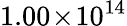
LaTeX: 1.00\! \times\! 10^{14}